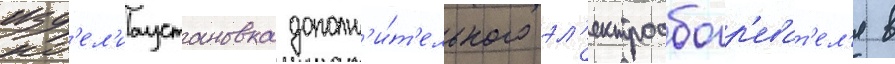
изд'ел'иаустановка дополн'и́т'ельного эл'ектрообогр'еват'ел'я в